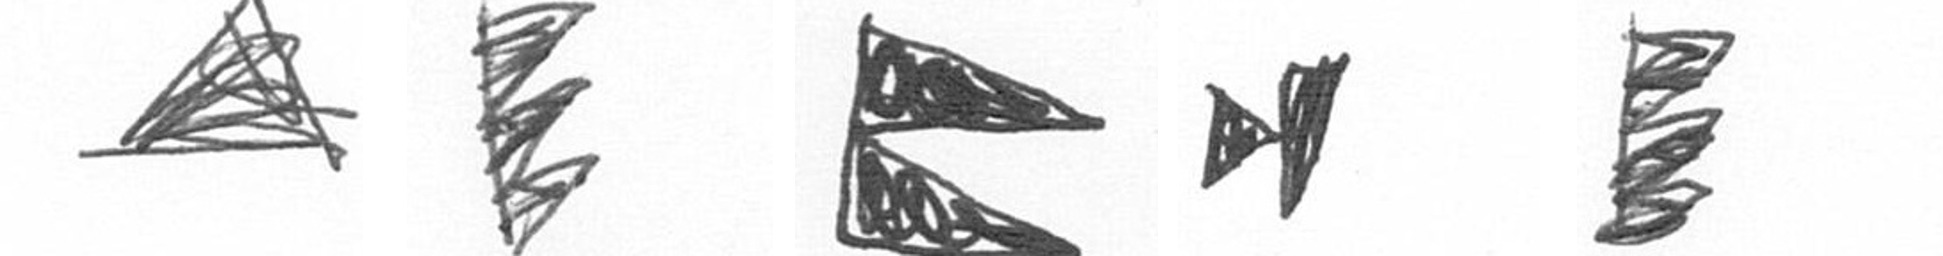
O H P M H